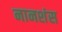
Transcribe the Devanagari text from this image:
नानशंस